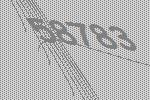
58783